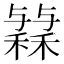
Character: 𱶟